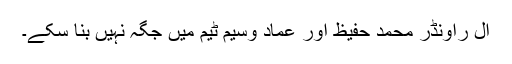
آل راؤنڈر محمد حفیظ اور عماد وسیم ٹیم میں جگہ نہیں بنا سکے۔